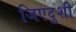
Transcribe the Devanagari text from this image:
जिएदुशी